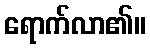
ရောက်လာ၏။